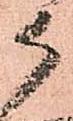
候